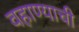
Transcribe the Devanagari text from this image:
वहाण्याची